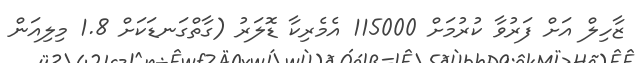
ޒާހިލް އަށް ފަރުވާ ކުރުމަށް 115000 އެމެރިކާ ޑޮލަރު (ގާތްގަނޑަކަށް 1.8 މިލިއަން